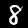
Label: 8